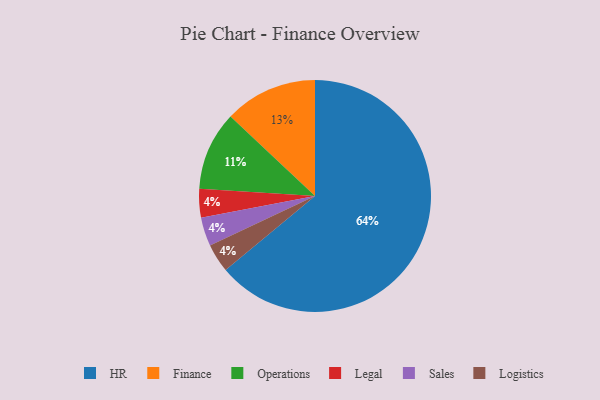
{"axis": {"x": "Category", "y": "Percentage"}, "legend": ["Finance", "HR", "Legal", "Logistics", "Operations", "Sales"], "data": [{"x": "Finance", "y": 13, "type": "Finance"}, {"x": "Legal", "y": 4, "type": "Legal"}, {"x": "Operations", "y": 11, "type": "Operations"}, {"x": "HR", "y": 64, "type": "HR"}, {"x": "Sales", "y": 4, "type": "Sales"}, {"x": "Logistics", "y": 4, "type": "Logistics"}]}